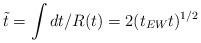
LaTeX: \begin{align*}\tilde{t}=\int dt/R(t) = 2(t_{EW}t)^{1/2}\end{align*}